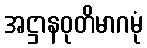
အဋ္ဌာနဝုတိမာဂမုံ